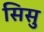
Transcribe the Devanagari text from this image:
सिसु